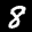
Label: 8